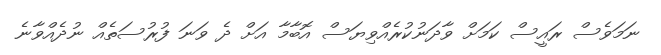
ނަމަވެސް ރައީސް ކަމަށް ވާދަނުކުރެއްވިޔަސް އޮބާމާ އަށް ދެ ވަނަ ފުރުސަތެއް ނުދެއްވާނެ